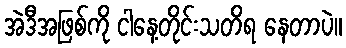
အဲဒီအဖြစ်ကို ငါနေ့တိုင်းသတိရ နေတာပဲ။